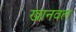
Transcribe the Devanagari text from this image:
खानवल